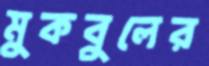
মুকবুলের